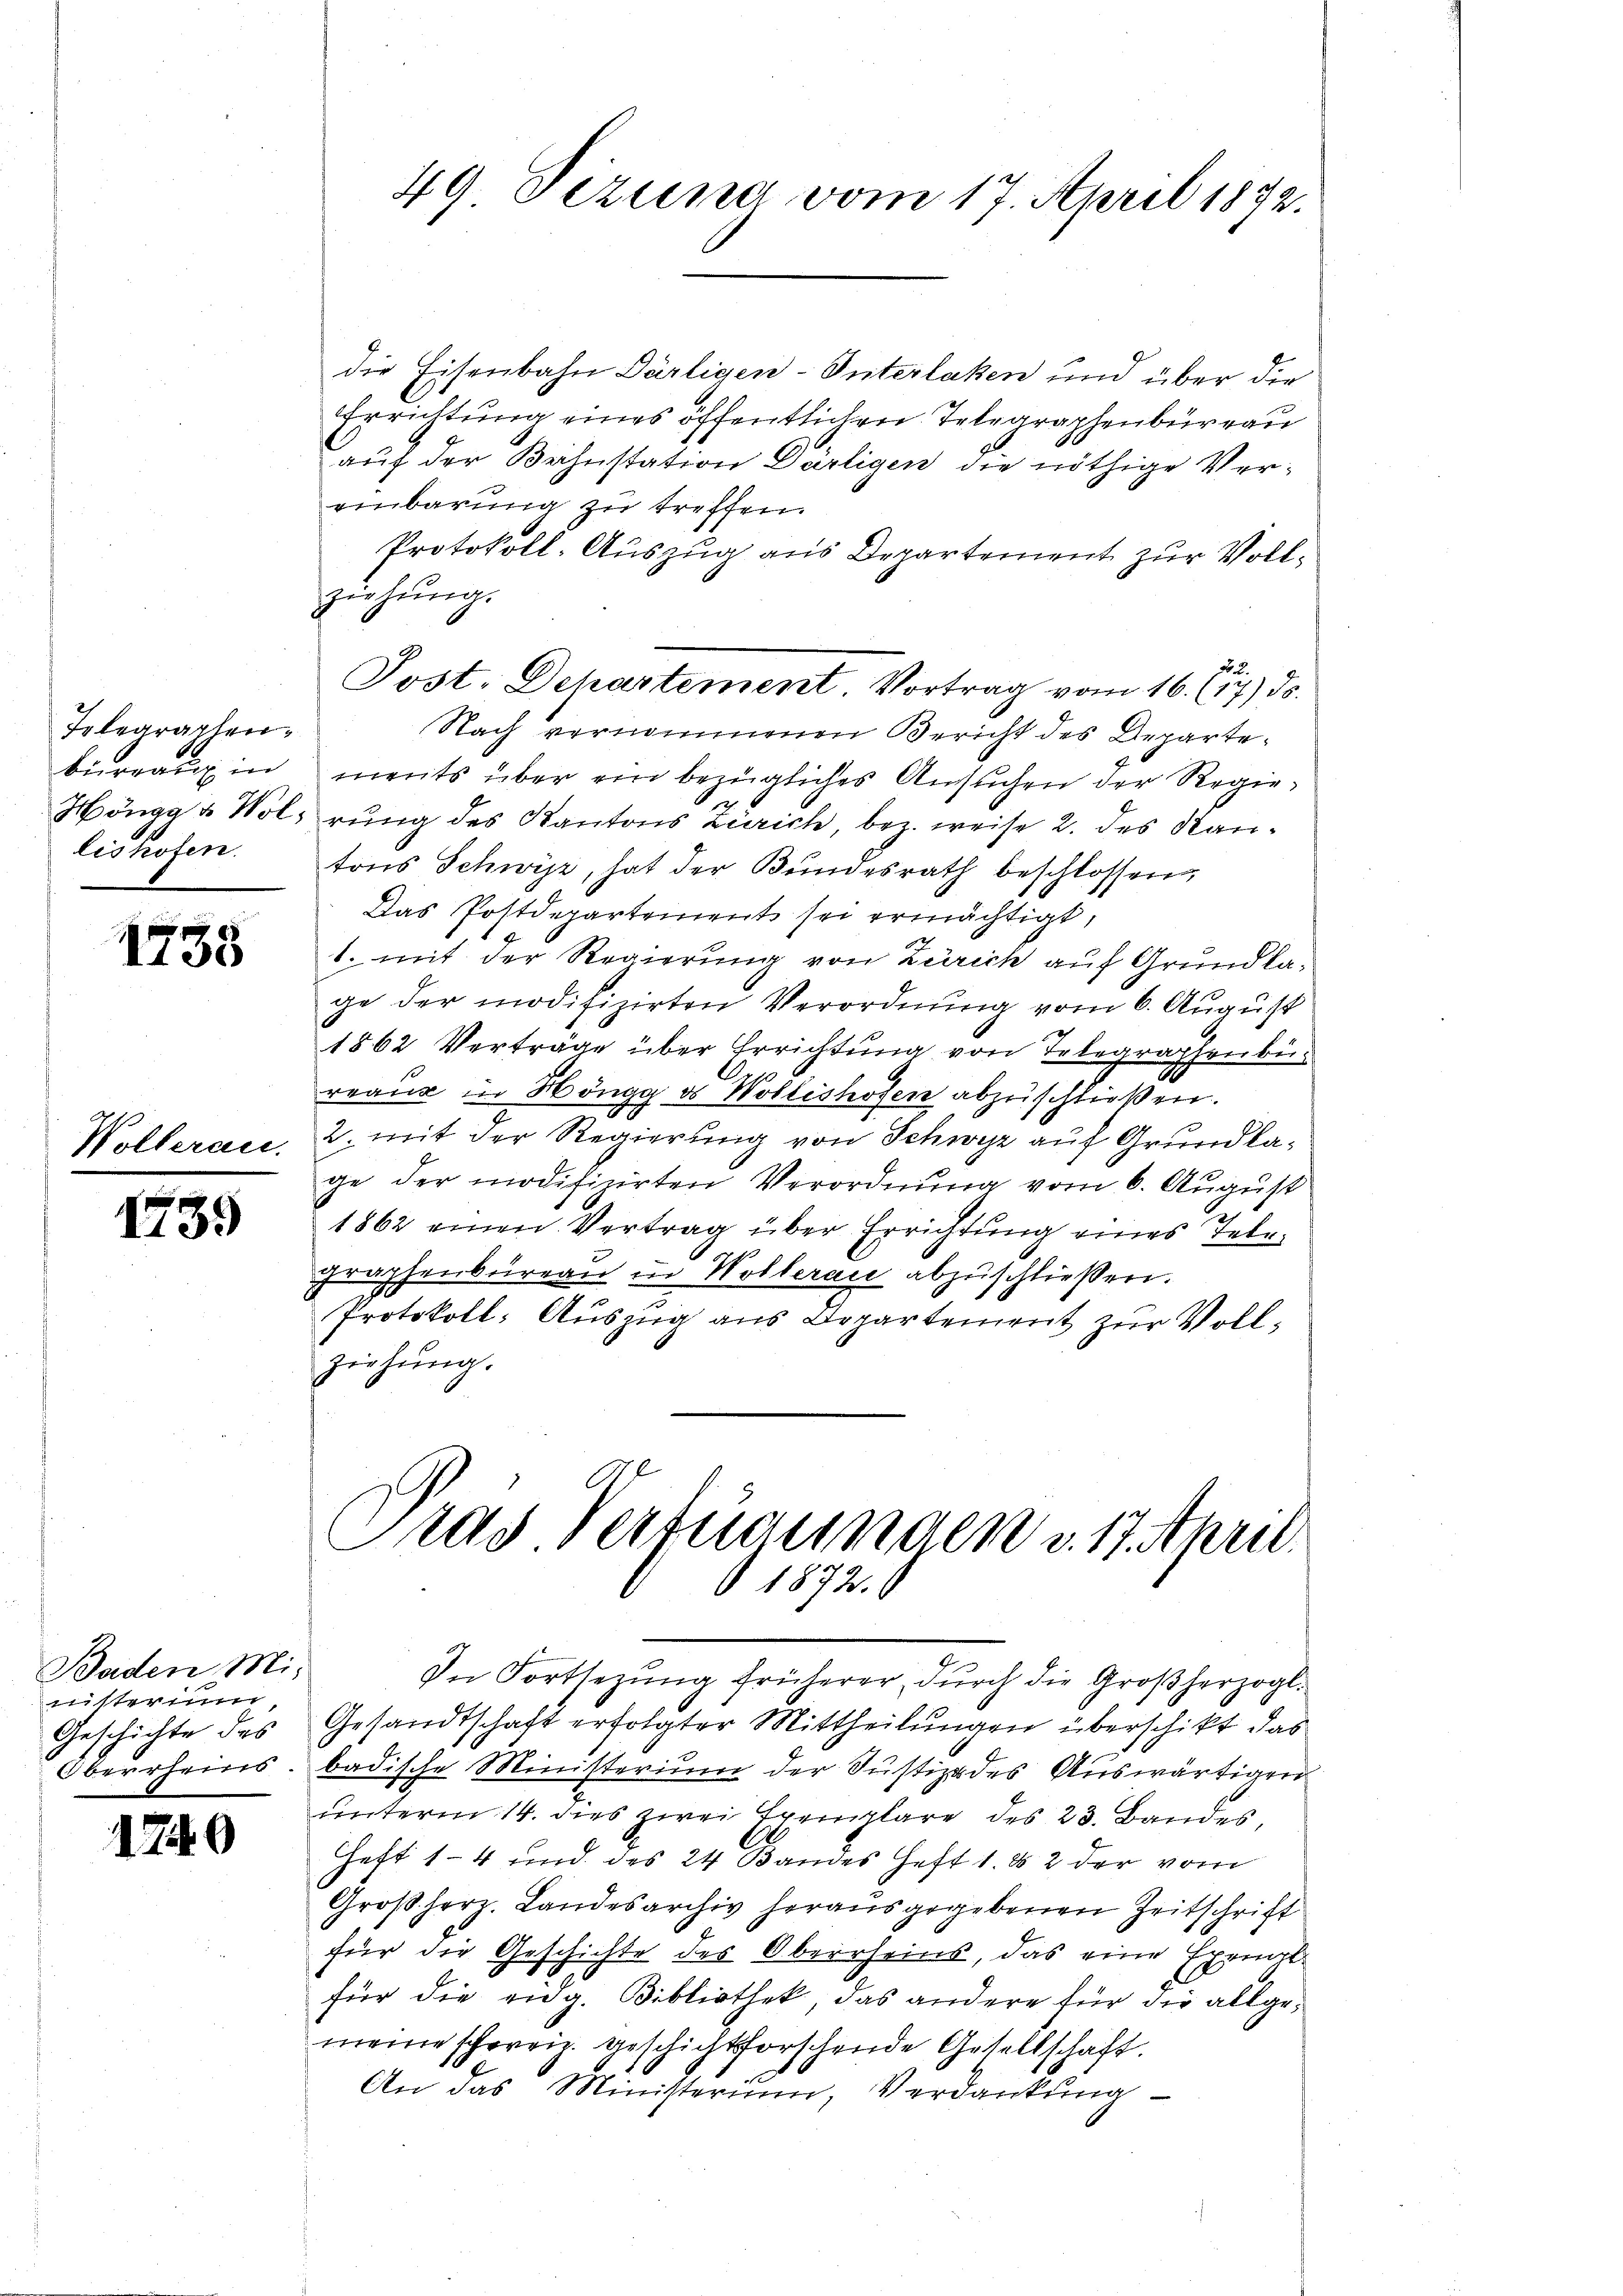
Telegraphen-

1738

Wolleran.

1739

nisterum,

die Eisenbahn Därligen-Unterlaken und über die
Errichtung eines öffentlichen Telegraphenbüreau
auf der Bahnstation Dürtigen die nöthige Vereinbarung zu treffen.
Protokoll-Auszug aus Departement zur Voll¬
Ziehung.
No. 2.
Nach vernommenen Bericht des Departebüreaux in ments über ein bezügliches Ansuchen der Regie¬
Höngg & Wolirung des Kantons Zürich, bez. weise 2. des Kanlishofen tons Schwyz, hat der Bŭndesrath beschlossen,
Das Postdepartement sei ermächtigt,
1. mit der Regierung von Zürich auf Grundlage der modifizirten Verordnung vom 6. August
1862 Verträge über Errichtung von Telegraphenbur
reaus in Höngg ds Wollishofen abzuschließen.
2. mit der Regierung von Schwyz auf Grundlage der modifizirten Verordnung vom 6. August
1862 einen Vertrag über Errichtung eines Telegraphenbüreaŭ in Wolleraie abzuschließen.
Protokoll: Auszug aus Departement zur Voll¬
Ziehŭng.
Tras Verfügungen v. 17. April.
1872.
Baden Mi-
In Fortsezung früherer, durch die Großherzogl.
Geschichte des Gesandtschaft erfolgter Mittheilungen überschikt das
Oberrheins. badische Ministerium der Justizades Auswärtigen
unterm 14. dies zwei Exemplare des 23. Bandes,
1740
Heft 14 und des 24 Bandes Heft 1882 der vom
Großherz. Landesarchiv herausgegebenen Zeitschrift
für die Geschichte des Oberrheins, das eine Exemplfür die eidg. Bibliothek, das andere für die allgemeine schweiz. geschichtforschende Gesellschaft.
e
An das Ministerium, Verdankŭng

49 Sizung vom 17. April 1872.

Post. Departement. Vortrag vom 16. (17) ds.